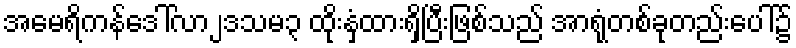
အမေရိကန်ဒေါ်လာ၂ဒသမ၃ ထိုးနှံထားရှိပြီးဖြစ်သည် အာရုံတစ်ခုတည်းပေါ်၌